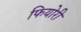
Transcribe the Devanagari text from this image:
फियोरी